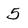
Character: 5